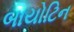
બાયોટિન